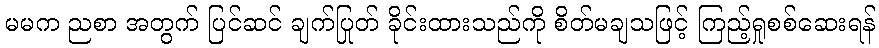
မမက ညစာ အတွက် ပြင်ဆင် ချက်ပြုတ် ခိုင်းထားသည်ကို စိတ်မချသဖြင့် ကြည့်ရှုစစ်ဆေးရန်